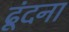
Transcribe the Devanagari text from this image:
ढूंदना